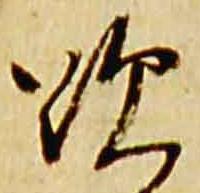
歎